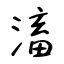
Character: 滀